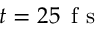
t = 2 5 \, \mathrm { ~ f ~ s ~ }